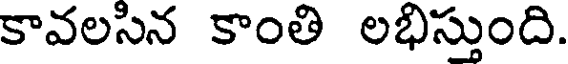
కావలసిన కాంతి లభిస్తుంది.